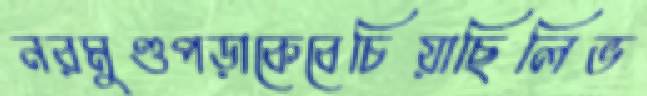
নরমুণ্ডপড়াকেবেচিয়াছিলিভ